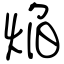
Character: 焔